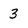
Character: 3